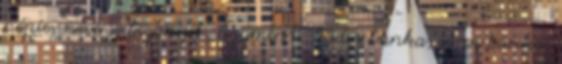
népies neve is bizonyít, úgymint: büdös banka, sáros banka,